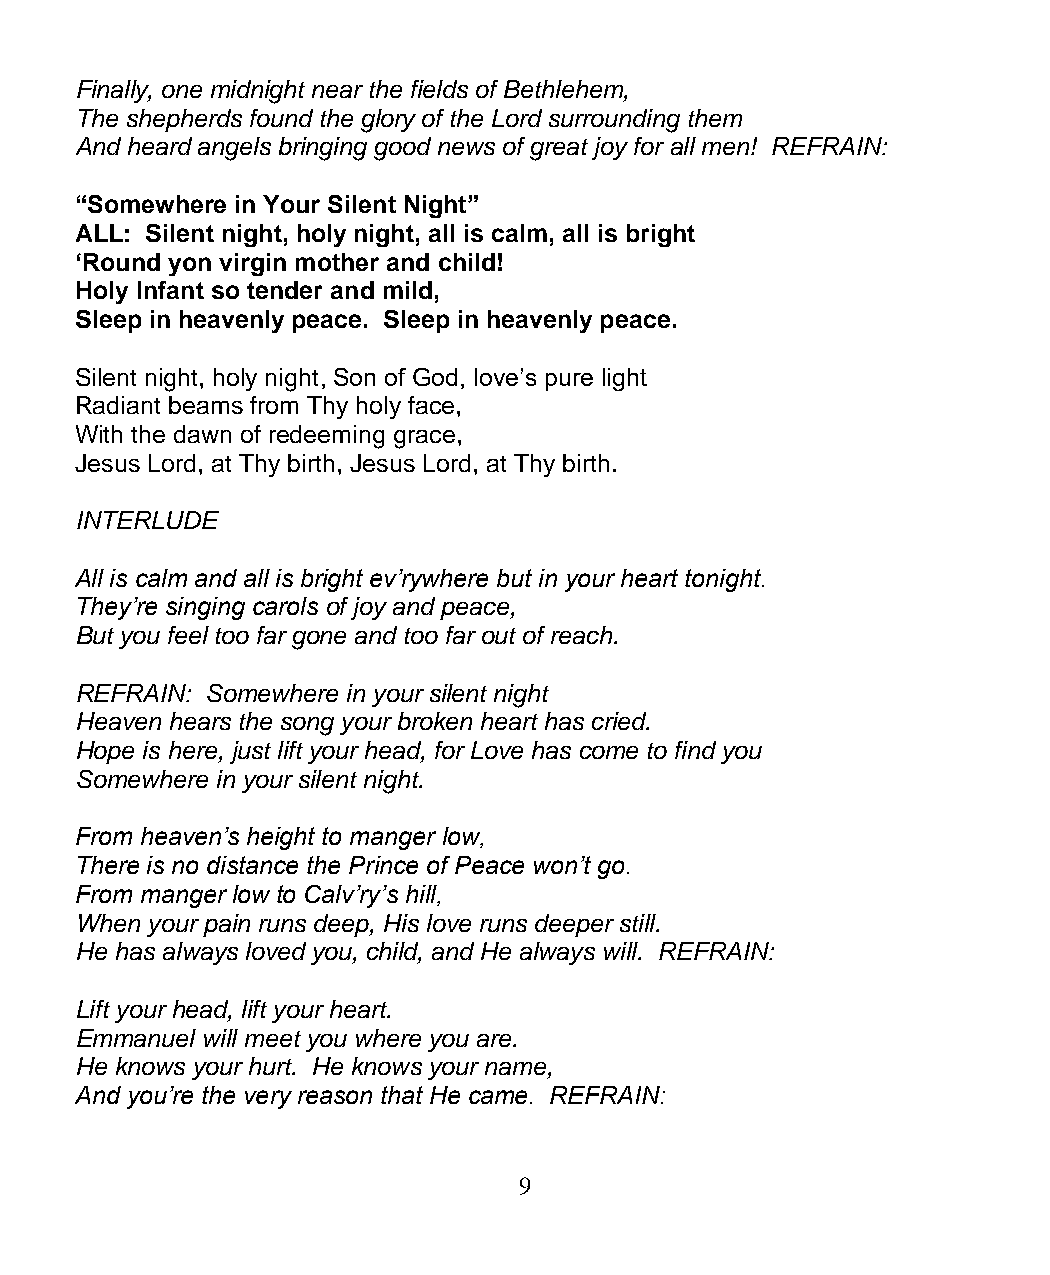
Finally, one midnight near the fields of Bethlehem,
 The shepherds found the glory of the Lord surrounding them
 And heard angels bringing good news of great joy for all men! REFRAIN:
 “Somewhere in Your Silent Night”
 ALL: Silent night, holy night, all is calm, all is bright
 ‘Round yon virgin mother and child!
 Holy Infant so tender and mild,
 Sleep in heavenly peace. Sleep in heavenly peace.
 Silent night, holy night, Son of God, love’s pure light
 Radiant beams from Thy holy face,
 With the dawn of redeeming grace,
 Jesus Lord, at Thy birth, Jesus Lord, at Thy birth.
 INTERLUDE
 All is calm and all is bright ev’rywhere but in your heart tonight.
 They’re singing carols of joy and peace,
 But you feel too far gone and too far out of reach.
 REFRAIN: Somewhere in your silent night
 Heaven hears the song your broken heart has cried.
 Hope is here, just lift your head, for Love has come to find you
 Somewhere in your silent night.
 From heaven’s height to manger low,
 There is no distance the Prince of Peace won’t go.
 From manger low to Calv’ry’s hill,
 When your pain runs deep, His love runs deeper still.
 He has always loved you, child, and He always will. REFRAIN:
 Lift your head, lift your heart.
 Emmanuel will meet you where you are.
 He knows your hurt. He knows your name,
 And you’re the very reason that He came. REFRAIN:
 9